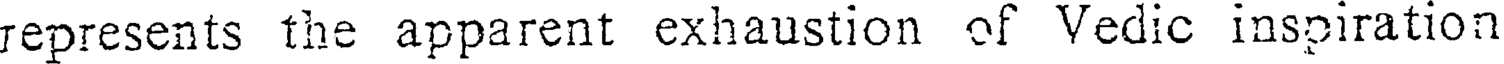
represents the apparent exhaustion of Vedic inspiration